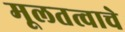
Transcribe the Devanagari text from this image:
मूलतत्वाचे